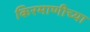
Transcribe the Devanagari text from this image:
किरमाणीच्या